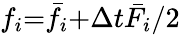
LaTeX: {f_{i}}\mathrm{{=}}{{\bar{f}}_{i}}\mathrm{{+}}\Delta t{{\bar{F}}_{i}}/2